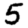
Digit: 5